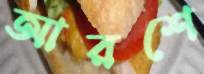
আরশে